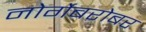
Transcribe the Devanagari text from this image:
नोर्गेबरोबर